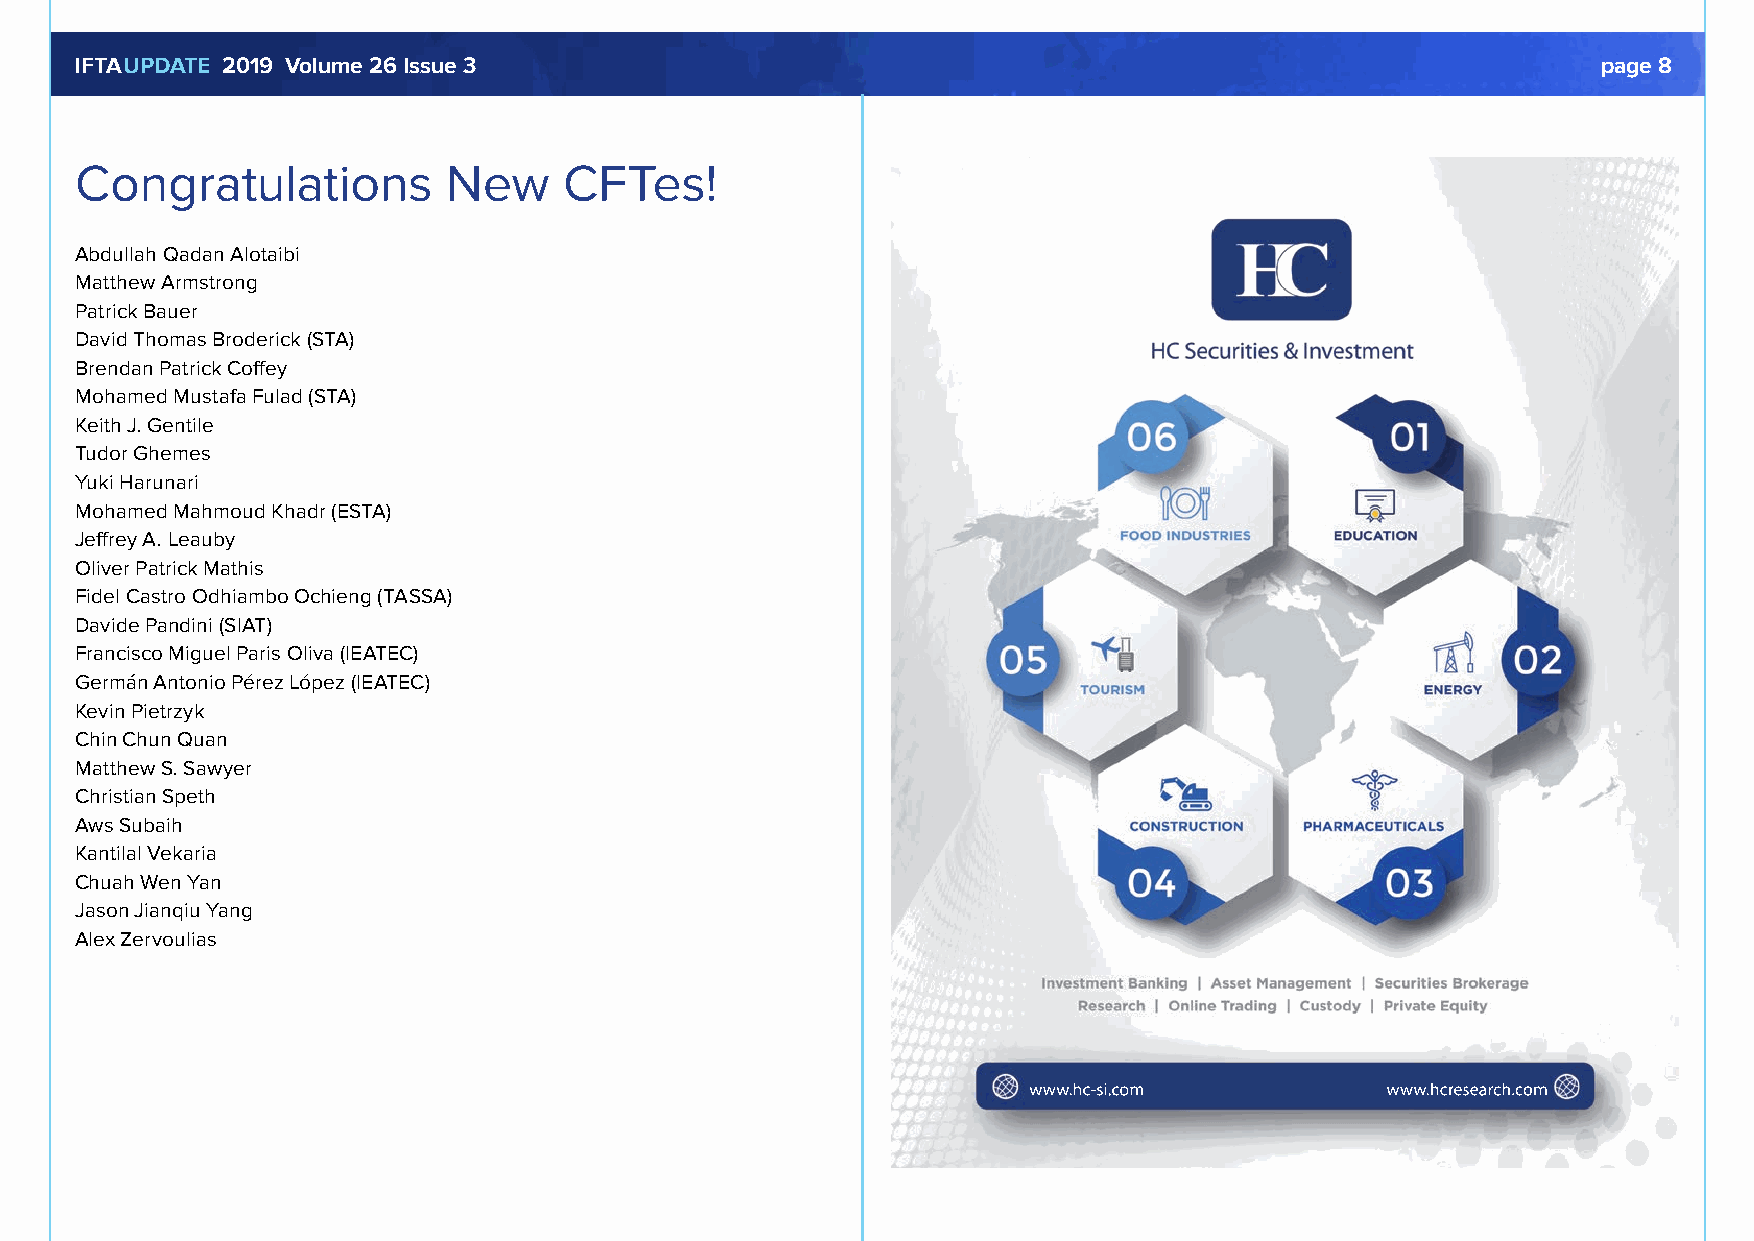
IFTAUPDATE 2019 Volume 26 Issue 3                                                                    page 8
 Congratulations          New    CFTes!
 Abdullah Qadan Alotaibi
 Matthew Armstrong
 Patrick Bauer
 David Thomas Broderick (STA)
 Brendan Patrick Coffey
 Mohamed Mustafa Fulad (STA)
 Keith J. Gentile
 Tudor Ghemes
 Yuki Harunari
 Mohamed Mahmoud Khadr (ESTA)
 Jeffrey A. Leauby
 Oliver Patrick Mathis
 Fidel Castro Odhiambo Ochieng (TASSA)
 Davide Pandini (SIAT)
 Francisco Miguel Paris Oliva (IEATEC)
 Germán Antonio Pérez López (IEATEC)
 Kevin Pietrzyk
 Chin Chun Quan
 Matthew S. Sawyer
 Christian Speth
 Aws Subaih
 Kantilal Vekaria
 Chuah Wen Yan
 Jason Jianqiu Yang
 Alex Zervoulias
 www.hc-si.com           www.hcresearch.com